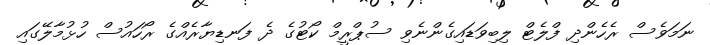
ނަމަވެސް ރެހެންދި ފްލެޓް ލިބިވަޑައިގެންނެވި ސުޕްރީމް ކޯޓުގެ ދެ ފަނޑިޔާރެއްގެ ރޯހައުސް ހުޅުމާލޭގައި